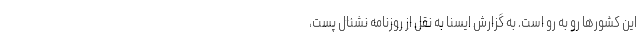
این کشورها رو به رو است. به گزارش ایسنا به نقل از روزنامه نشنال پست،